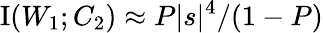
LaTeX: \operatorname{I}(W_{1};C_{2})\approx P|s|^{4}/(1-P)